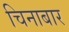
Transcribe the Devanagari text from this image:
चिनाबार